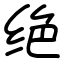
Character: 绝